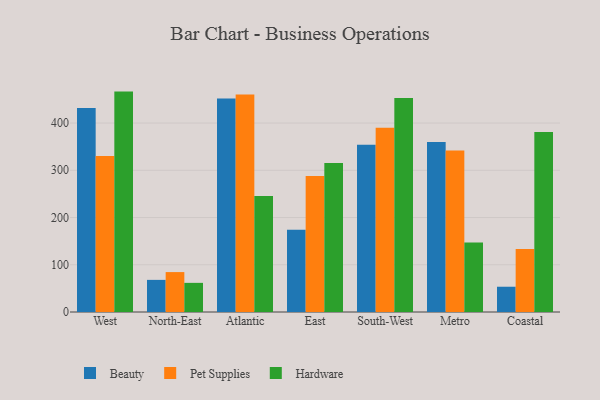
{"axis": {"x": "Region", "y": "Humidity (%)"}, "legend": ["Beauty", "Hardware", "Pet Supplies"], "data": [{"x": "West", "y": 432.0, "type": "Beauty"}, {"x": "West", "y": 330.3, "type": "Pet Supplies"}, {"x": "West", "y": 466.6, "type": "Hardware"}, {"x": "North-East", "y": 68.0, "type": "Beauty"}, {"x": "North-East", "y": 84.5, "type": "Pet Supplies"}, {"x": "North-East", "y": 61.7, "type": "Hardware"}, {"x": "Atlantic", "y": 451.9, "type": "Beauty"}, {"x": "Atlantic", "y": 460.4, "type": "Pet Supplies"}, {"x": "Atlantic", "y": 245.6, "type": "Hardware"}, {"x": "East", "y": 174.1, "type": "Beauty"}, {"x": "East", "y": 287.9, "type": "Pet Supplies"}, {"x": "East", "y": 315.3, "type": "Hardware"}, {"x": "South-West", "y": 354.0, "type": "Beauty"}, {"x": "South-West", "y": 389.9, "type": "Pet Supplies"}, {"x": "South-West", "y": 453.0, "type": "Hardware"}, {"x": "Metro", "y": 359.9, "type": "Beauty"}, {"x": "Metro", "y": 341.7, "type": "Pet Supplies"}, {"x": "Metro", "y": 147.3, "type": "Hardware"}, {"x": "Coastal", "y": 53.5, "type": "Beauty"}, {"x": "Coastal", "y": 133.3, "type": "Pet Supplies"}, {"x": "Coastal", "y": 380.9, "type": "Hardware"}]}